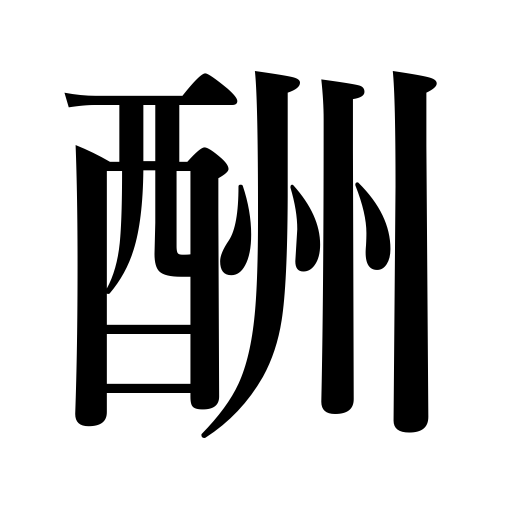
Meanings: retribution,reward